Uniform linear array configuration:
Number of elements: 12
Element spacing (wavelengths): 1
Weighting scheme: uniform
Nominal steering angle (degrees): -45
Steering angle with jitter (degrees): -44.094
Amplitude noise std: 0.05
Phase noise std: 0.05

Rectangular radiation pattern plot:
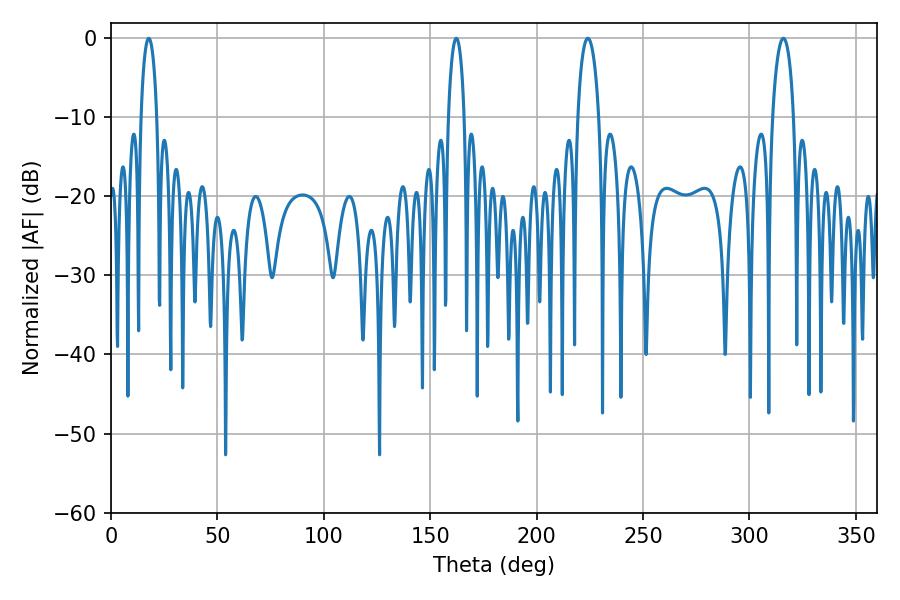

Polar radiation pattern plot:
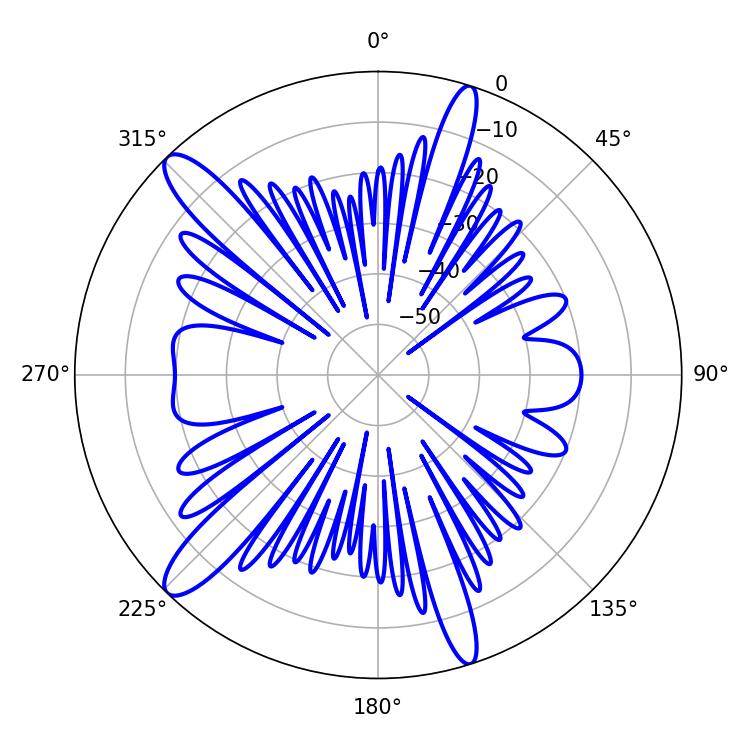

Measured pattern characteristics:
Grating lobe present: TRUE
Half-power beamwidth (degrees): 5.76
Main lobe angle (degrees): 224.1